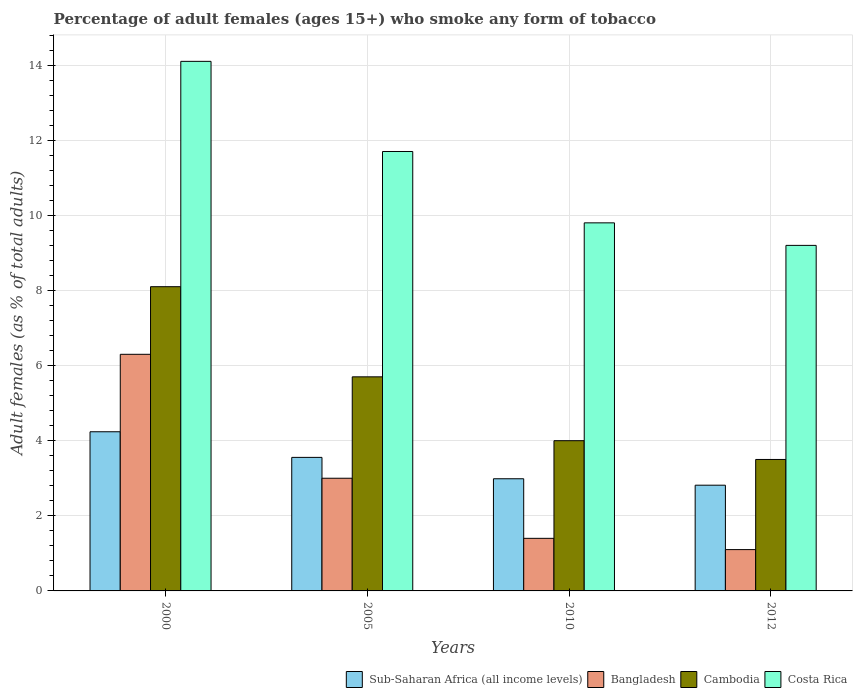
| Years | Sub-Saharan Africa (all income levels) | Bangladesh | Cambodia | Costa Rica |
 | --- | --- | --- | --- | --- |
 | 2000 | 4.24 | 6.3 | 8.1 | 14.1 |
 | 2005 | 3.56 | 3 | 5.7 | 11.7 |
 | 2010 | 2.99 | 1.4 | 4 | 9.8 |
 | 2012 | 2.81 | 1.1 | 3.5 | 9.2 |